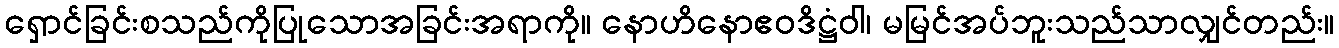
ရှောင်ခြင်းစသည်ကိုပြုသောအခြင်းအရာကို။ နောဟိနောဧဝဒိဋ္ဌံဝါ၊ မမြင်အပ်ဘူးသည်သာလျှင်တည်း။